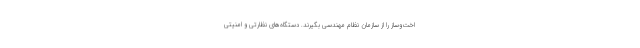
اخت‌وساز را از سازمان نظام مهندسی بگیرند. دستگاه‌های نظارتی و امنیتی